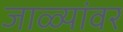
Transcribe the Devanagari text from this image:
जाळ्यांवर